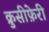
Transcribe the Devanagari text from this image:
क्रुसीफ़ेरी